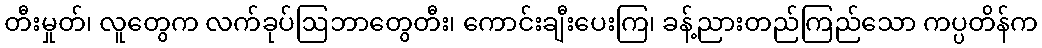
တီးမှုတ်၊ လူတွေက လက်ခုပ်ဩဘာတွေတီး၊ ကောင်းချီးပေးကြ၊ ခန့်ညားတည်ကြည်သော ကပ္ပတိန်က